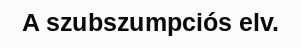
A szubszumpciós elv.